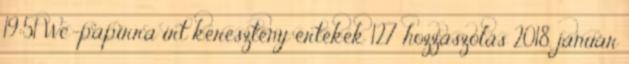
19:51 Wc-papírra írt keresztény értékek 127 hozzászólás 2018. január